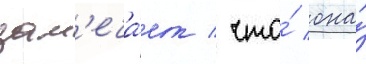
зам'еча́ет / что́ она́